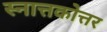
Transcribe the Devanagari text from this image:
स्नात्तकोत्तर